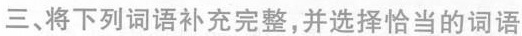
三、将下列词语补充完整，并选择恰当的词语